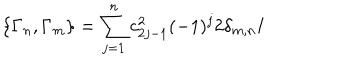
\{ \Gamma _ { n } , \Gamma _ { m } \} = \sum _ { j = 1 } ^ { n } c _ { 2 j - 1 } ^ { 2 } ( - 1 ) ^ { j } 2 \delta _ { m , n } { \bf I }